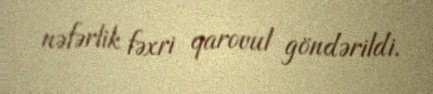
nəfərlik fəxri qarovul göndərildi.